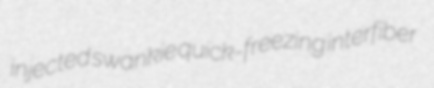
injected swankie quick-freezing interfiber